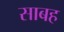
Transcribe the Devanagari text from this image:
साबह